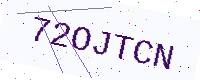
Text: 72OJTCN